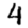
Digit: 4